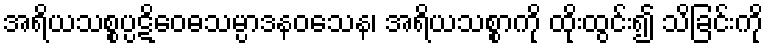
အရိယသစ္စပ္ပဋိဝေဓသမ္ပာဒနဝသေန၊ အရိယသစ္စာကို ထိုးထွင်း၍ သိခြင်းကို